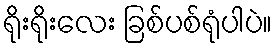
ရိုးရိုးလေး ခြစ်ပစ်ရုံပါပဲ။